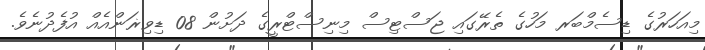
މިއަހަރުގެ ޑިސެމްބަރ މަހުގެ ތެރޭގައި ޖަސްޓިސް މިނިސްޓްރީގެ ދަށުން 08 ޑިވިޜަންއެއް އުފެދުނެވެ.